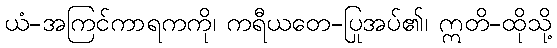
ယံ-အကြင်ကာရကကို၊ ကရီယတေ-ပြုအပ်၏၊ ဣတိ-ထိုသို့